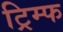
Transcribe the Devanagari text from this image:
ट्रिम्फ